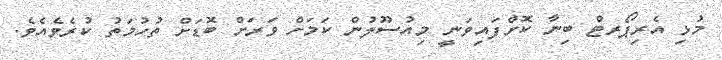
މުޅި އެރިޕޯރޓް ބިނާ ކޮށްފައިވަނީ މިއުސޫލުން ކަމަށް ވަރަށް ބޮޑަށް ތުހުމަތު ކުރެވެއެވެ.